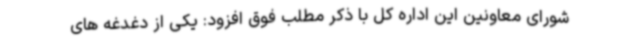
شورای معاونین این اداره کل با ذکر مطلب فوق افزود: یکی از دغدغه های